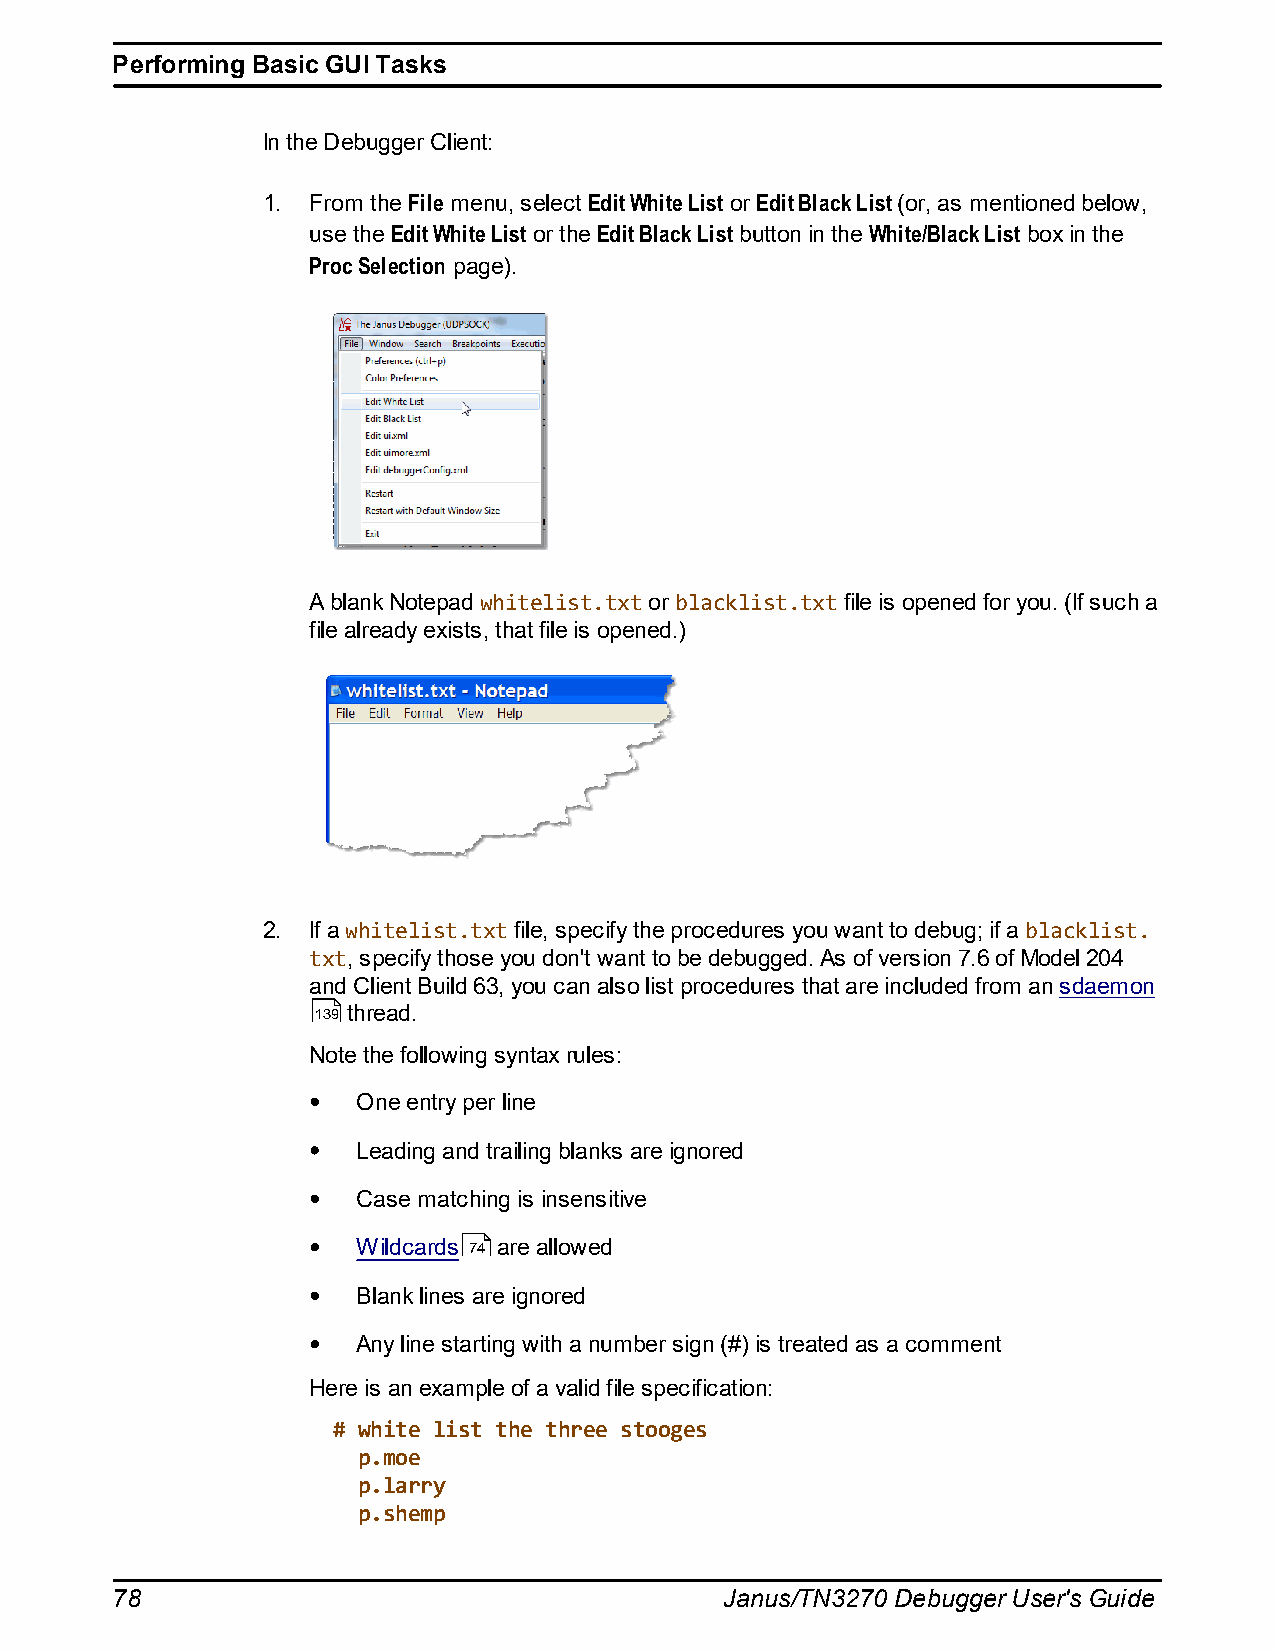
Performing Basic GUI Tasks
 In the Debugger Client:
 1. From the File menu, select Edit White List or Edit Black List (or, as mentioned below,
 use the Edit White List or the Edit Black List button in the White/Black List box in the
 Proc Selection page).
 A blank Notepad whitelist.txt or blacklist.txt file is opened for you. (If such a
 file already exists, that file is opened.)
 2. If a whitelist.txt file, specify the procedures you want to debug; if a blacklist.
 txt, specify those you don't want to be debugged. As of version 7.6 of Model 204
 and Client Build 63, you can also list procedures that are included from an sdaemon
 139 thread.
 Note the following syntax rules:
 One entry per line
 Leading and trailing blanks are ignored
 Case matching is insensitive
 Wildcards 74 are allowed
 Blank lines are ignored
 Any line starting with a number sign (#) is treated as a comment
 Here is an example of a valid file specification:
 # white list the three stooges
 p.moe
 p.larry
 p.shemp
 78                                       Janus/TN3270 Debugger User's Guide